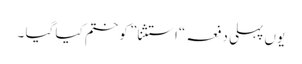
یوں پہلی دفعہ “استثنا” کو ختم کیا گیا ۔